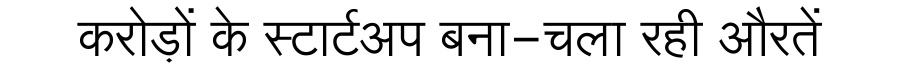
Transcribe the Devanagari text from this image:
करोड़ों के स्टार्टअप बना-चला रही औरतें